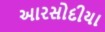
આરસોદીયા